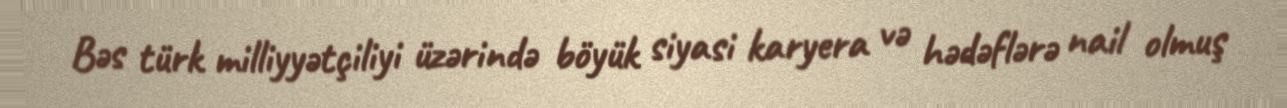
Bəs türk milliyyətçiliyi üzərində böyük siyasi karyera və hədəflərə nail olmuş